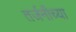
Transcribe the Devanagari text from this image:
तर्जनीच्या